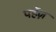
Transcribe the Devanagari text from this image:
पर्हेज़